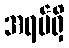
အရပ်ရှိ